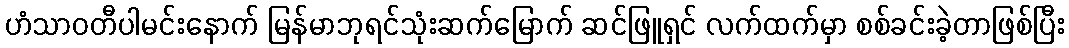
ဟံသာဝတီပါမင်းနောက် မြန်မာဘုရင်သုံးဆက်မြောက် ဆင်ဖြူရှင် လက်ထက်မှာ စစ်ခင်းခဲ့တာဖြစ်ပြီး